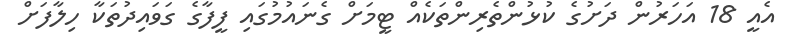
އެއީ 18 އަހަރުން ދަށުގެ ކުޅުންތެރިންތަކެއް ޓީމަށް ގެނައުމުގައި ފީފާގެ ގަވައިދުތަކާ ހިލާފަށް